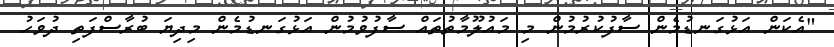
"އެކަން އަޅުގަނޑުމެން ސާފުކުރުމުން މި މައުލޫމާތުތައް ސާފުވުމުން އަޅުގަނޑުމެން މިދިޔަ ބުރާސްފަތި ދުވަހު